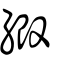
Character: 緞